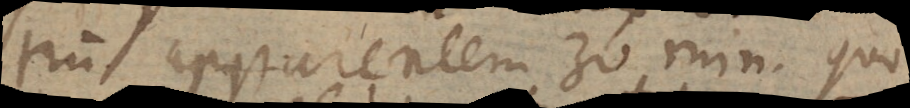
trum apparentem 30 min. quo